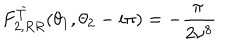
F _ { 2 , R R } ^ { \bar { T } } ( \theta _ { 1 } , \theta _ { 2 } - i \pi ) = - \frac { \pi \, } { 2 \nu ^ { 8 } }